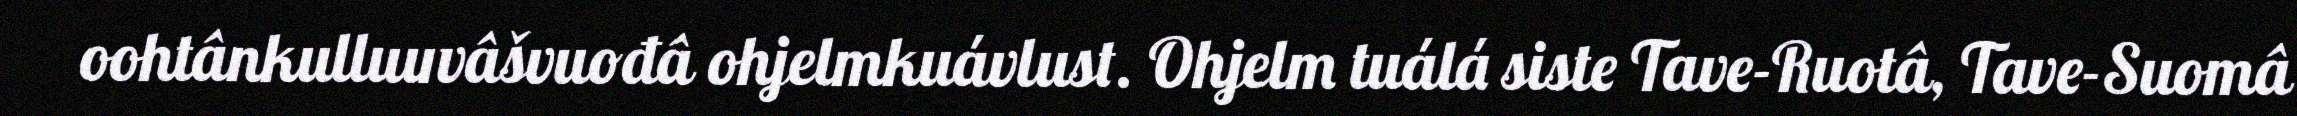
oohtânkulluuvâšvuođâ ohjelmkuávlust. Ohjelm tuálá siste Tave-Ruotâ, Tave-Suomâ